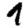
Digit: 1